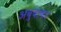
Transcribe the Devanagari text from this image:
अबुबाकर